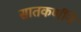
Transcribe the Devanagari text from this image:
सातकर्णीने